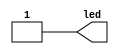
module light (
    output led
);
    assign led = 1'b1;
endmodule